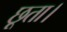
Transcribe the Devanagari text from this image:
छूता।